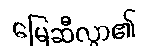
မြေဆီလွှာ၏